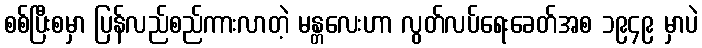
စစ်ပြီးစမှာ ပြန်လည်စည်ကားလာတဲ့ မန္တလေးဟာ လွတ်လပ်ရေးခေတ်အစ ၁၉၄၉ မှာပဲ